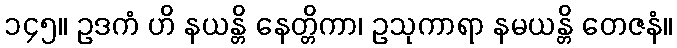
၁၄၅။ ဥဒကံ ဟိ နယန္တိ နေတ္တိကာ၊ ဥသုကာရာ နမယန္တိ တေဇနံ။